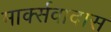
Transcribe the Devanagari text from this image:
मार्क्सवादास